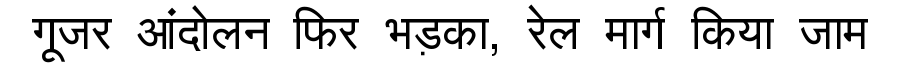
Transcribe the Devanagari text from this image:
गूजर आंदोलन फिर भड़का, रेल मार्ग किया जाम